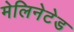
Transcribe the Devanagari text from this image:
मेलिनेटेड